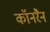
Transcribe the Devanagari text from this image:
कॉनरैन